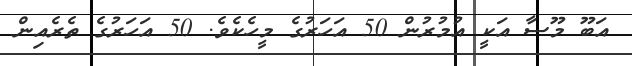
އަބޫ މޫސާ އަކީ އުމުރުން 50 އަހަރުގެ މީހެކެވެ. 50 އަހަރުގެ ތެރެއިން